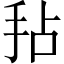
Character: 𫼜